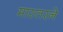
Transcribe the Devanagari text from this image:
मास्तरने